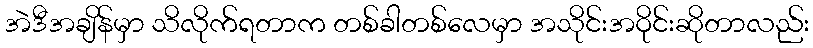
အဲဒီအချိန်မှာ သိလိုက်ရတာက တစ်ခါတစ်လေမှာ အသိုင်းအဝိုင်းဆိုတာလည်း